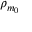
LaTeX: \rho _ { m _ { 0 } }